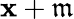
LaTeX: \mathbf{x}+{\mathfrak{{m}}}